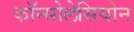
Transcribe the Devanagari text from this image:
कॉन्सोलेसियोन